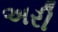
અરી